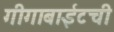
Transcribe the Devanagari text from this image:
गीगाबाईटची